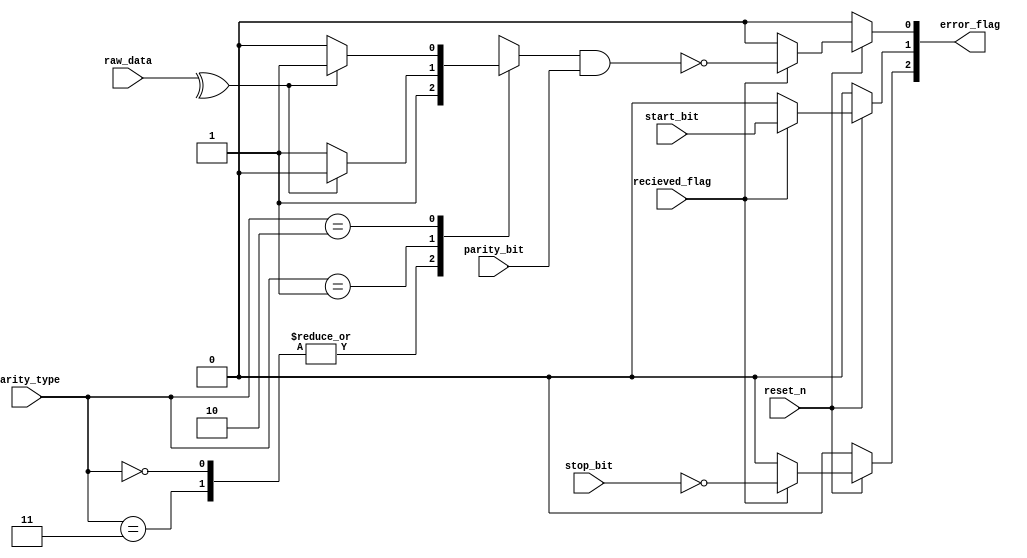
//  INFO.: Undergraduate ECE student, Alexandria university, Egypt.
//  AUTHOR'S EMAIL: majiidd17@icloud.com
//  TYPE: module.
//  KEYWORDS: Parity, Error.
//  PURPOSE: An RTL modelling for checking if the data are transmitted correctly,
//  checks the whole package including the start and stop bits.

module ErrorCheck(
    input wire         reset_n,       //  Active low reset.
    input wire         recieved_flag, //  enable from the sipo unit for the flags.
    input wire         parity_bit,    //  The parity bit from the frame for comparison.
    input wire         start_bit,     //  The Start bit from the frame for comparison.
    input wire         stop_bit,      //  The Stop bit from the frame for comparison.
    input wire  [1:0]  parity_type,   //  Parity type agreed upon by the Tx and Rx units.
    input wire  [7:0]  raw_data,      //  The 8-bits data separated from the data frame.

    //  bus of three bits, each bit is a flag for an error
    //  error_flag[0] ParityError flag, error_flag[1] StartError flag,
    //  error_flag[2] StopError flag.
    output reg [2:0]   error_flag
);

//  Internal
reg error_parity;
reg parity_flag;
reg start_flag;
reg stop_flag;

//  Encoding for the 4 types of the parity
localparam ODD        = 2'b01,
           EVEN       = 2'b10,
           NOPARITY00 = 2'b00,
           NOPARITY11 = 2'b11;

//  Asynchronous Reset logic

//  Parity Check logic
always @(*) 
begin
    case (parity_type)
      NOPARITY00, NOPARITY11:
      begin
      error_parity <= 1'b1;      
      end

      ODD: 
      begin
        error_parity <= (^raw_data)? 1'b0 : 1'b1;
      end

      EVEN: 
      begin
        error_parity <= (^raw_data)? 1'b1 : 1'b0;
      end

      default: 
      begin
        error_parity <= 1'b1;      
        //  No Parity
      end
    endcase
end

always @(*) begin
  if (~reset_n) 
  begin
    parity_flag  <= 1'b0;
    start_flag   <= 1'b0;
    stop_flag    <= 1'b0;
  end
  else
  begin
    //  flag logic
    if(recieved_flag)
    begin
      parity_flag <= ~(error_parity && parity_bit);
      //  Equivalent to (error_parity != parity_bit)
      //  in order to avoid comparators/xors
      start_flag  <= (start_bit || 1'b0);
      //  Equivalent to (start_bit != 1'b0)
      //  in order to avoid comparators/xors
      stop_flag   <= ~(stop_bit && 1'b1);
      //  Equivalent to (stop_bit != 1'b1)
      //  in order to avoid comparators/xors
    end
    else
    begin
      parity_flag  <= 1'b0;
      start_flag   <= 1'b0;
      stop_flag    <= 1'b0;
    end
  end
end

//  Output logic
always @(*) 
begin
  error_flag = {stop_flag,start_flag,parity_flag};
end

endmodule